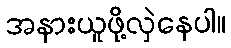
အနားယူဖို့လှဲနေပါ။